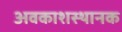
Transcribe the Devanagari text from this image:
अवकाशस्थानक